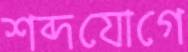
শব্দযোগে